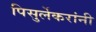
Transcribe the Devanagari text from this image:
पिसुर्लेकरांनी